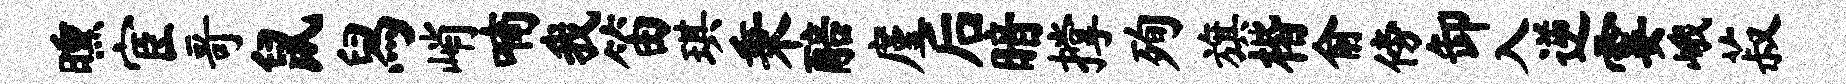
曛宦哥鼠舄峭喃我笛琪秉醅廑后暗撑殉旗楷俞傍卸入逆霎峨菽